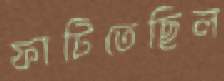
ফাটিতেছিল